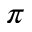
\pi